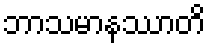
ဘာသမာနဿာတိ